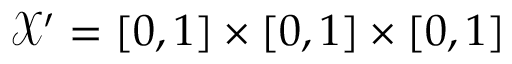
\mathcal { X } ^ { \prime } = [ 0 , 1 ] \times [ 0 , 1 ] \times [ 0 , 1 ]